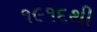
૧૯૧૬થી